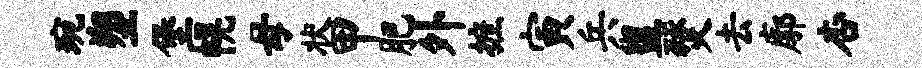
琬塑堡幌母状甲肥外摭寅兵盥燹去廓杏